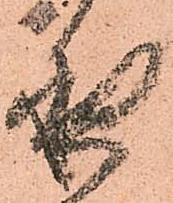
夜